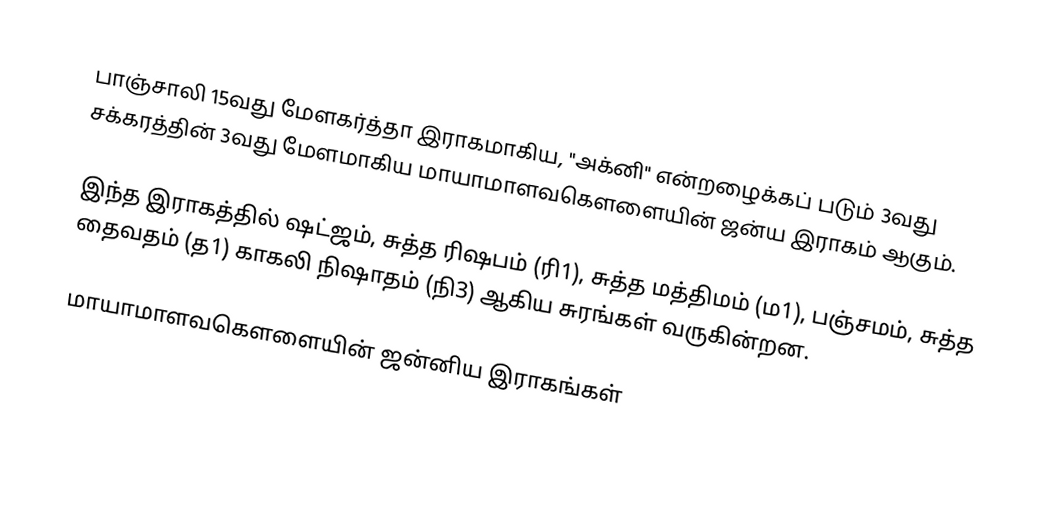
பாஞ்சாலி 15வது மேளகர்த்தா இராகமாகிய, "அக்னி" என்றழைக்கப் படும் 3வது சக்கரத்தின் 3வது மேளமாகிய மாயாமாளவகௌளையின் ஜன்ய இராகம் ஆகும்.

இந்த இராகத்தில் ஷட்ஜம், சுத்த ரிஷபம் (ரி1),  சுத்த மத்திமம் (ம1), பஞ்சமம்,  சுத்த தைவதம் (த1) காகலி நிஷாதம்  (நி3) ஆகிய சுரங்கள் வருகின்றன.

மாயாமாளவகௌளையின் ஜன்னிய இராகங்கள்